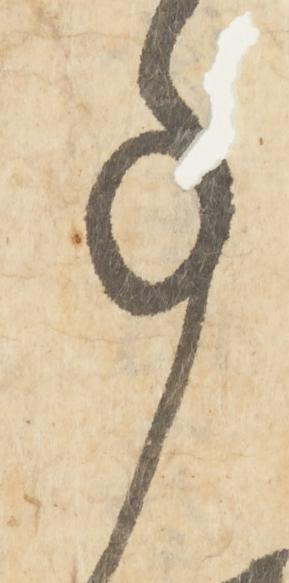
事